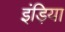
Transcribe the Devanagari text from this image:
इंड़िया